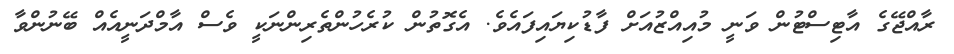
ރާއްޖޭގެ އާޓިސްޓުން ވަނީ މުއިއްޒުއަށް ފާޑުކިޔައިފައެވެ. އެގޮތުން ކުރެހުންތެރިންނަކީ ވެސް އާމްދަނީއެއް ބޭނުންވާ